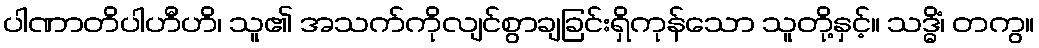
ပါဏာတိပါဟီဟိ၊ သူ၏ အသက်ကိုလျင်စွာချခြင်းရှိကုန်သော သူတို့နှင့်။ သဒ္ဓိံ၊ တကွ။